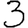
Digit: 3